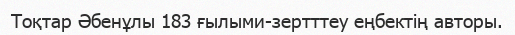
Тоқтар Әбенұлы 183 ғылыми-зертттеу еңбектің авторы.